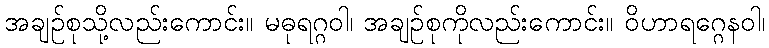
အချဉ်စုသို့လည်းကောင်း။ မဓုရဂ္ဂဝါ၊ အချဉ်စုကိုလည်းကောင်း။ ဝိဟာရဂ္ဂေနဝါ၊